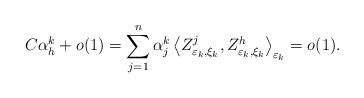
LaTeX: \begin{align*}C\alpha_{h}^{k}+o(1)=\sum_{j=1}^{n}\alpha_{j}^{k}\left\langle Z_{\varepsilon_{k},\xi_{k}}^{j},Z_{\varepsilon_{k},\xi_{k}}^{h}\right\rangle _{\varepsilon_{k}}=o(1).\end{align*}